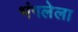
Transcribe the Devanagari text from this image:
भंगलेला